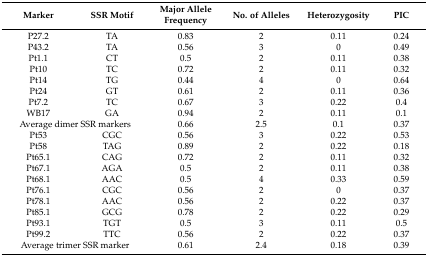
| Marker | SSR Motif | Major Allele Frequency | No. of Alleles | Heterozygosity | PIC |
 | --- | --- | --- | --- | --- | --- |
 | P27.2 | TA | 0.83 | 2 | 0.11 | 0.24 |
 | P43.2 | TA | 0.56 | 3 | 0 | 0.49 |
 | Pt1.1 | CT | 0.5 | 2 | 0.11 | 0.38 |
 | Pt10 | TC | 0.72 | 2 | 0.11 | 0.32 |
 | Pt14 | TG | 0.44 | 4 | 0 | 0.64 |
 | Pt24 | GT | 0.61 | 2 | 0.11 | 0.36 |
 | Pt7.2 | TC | 0.67 | 3 | 0.22 | 0.4 |
 | WB17 | GA | 0.94 | 2 | 0.11 | 0.1 |
 | <COLSPAN=2> Average dimer SSR markers | 0.66 | 2.5 | 0.1 | 0.37 |
 | Pt53 | CGC | 0.56 | 3 | 0.22 | 0.53 |
 | Pt58 | TAG | 0.89 | 2 | 0.22 | 0.18 |
 | Pt65.1 | CAG | 0.72 | 2 | 0.11 | 0.32 |
 | Pt67.1 | AGA | 0.5 | 2 | 0.11 | 0.38 |
 | Pt68.1 | AAC | 0.5 | 4 | 0.33 | 0.59 |
 | Pt76.1 | CGC | 0.56 | 2 | 0 | 0.37 |
 | Pt78.1 | AAC | 0.56 | 2 | 0.22 | 0.37 |
 | Pt85.1 | GCG | 0.78 | 2 | 0.22 | 0.29 |
 | Pt93.1 | TGT | 0.5 | 3 | 0.11 | 0.5 |
 | Pt99.2 | TTC | 0.56 | 2 | 0.22 | 0.37 |
 | <COLSPAN=2> Average trimer SSR marker | 0.61 | 2.4 | 0.18 | 0.39 |